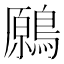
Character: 𪄁